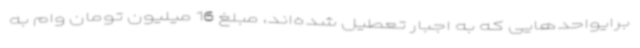
برایواحدهایی که به اجبار تعطیل شده‌اند، مبلغ 16 میلیون تومان وام به